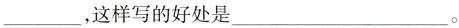
___，这样写的好处是___。